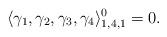
LaTeX: \begin{align*}\langle \gamma_1,\gamma_2,\gamma_3,\gamma_4\rangle_{1,4,1}^0=0. \end{align*}